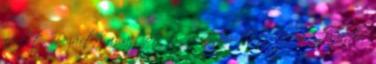
percet. Bezárta az ajtót és vártam. Istenkém Az ajtó